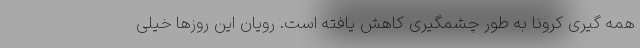
همه گیری کرونا به طور چشمگیری کاهش یافته است. رویان این روزها خیلی